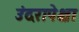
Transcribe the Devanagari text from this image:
उंदरापेक्षा